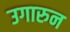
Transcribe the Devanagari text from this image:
उगारुन